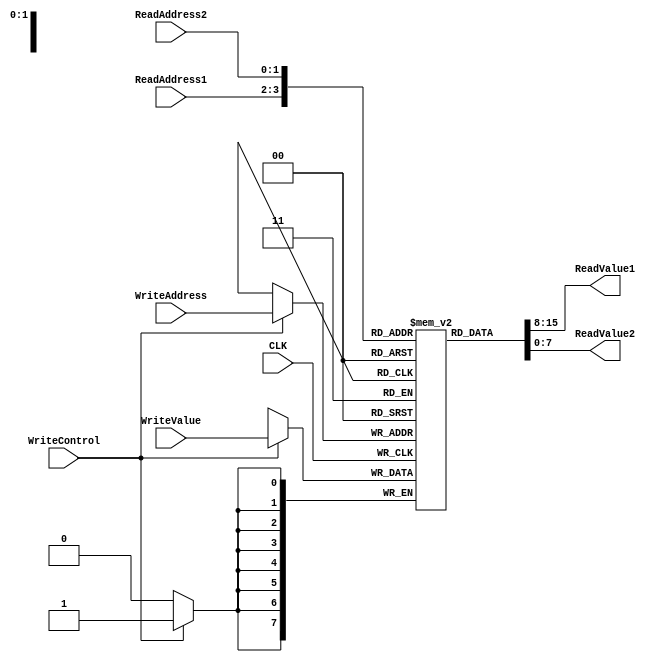
`timescale 1ns / 1ps

module Register_Unit(
	input CLK,
	input [1:0] ReadAddress1,
	output [7:0] ReadValue1,
	input [1:0] ReadAddress2,
	output [7:0] ReadValue2,
	input WriteControl,
	input [1:0] WriteAddress,
	input [7:0] WriteValue
    );
	
	reg [7:0] Register[0:3]; // Register Dimension: Register[4] = 8'b;
	
	initial begin
		Register[0] <= 8'b0;
		Register[1] <= 8'b0;
		Register[2] <= 8'b0;
		Register[3] <= 8'b0;
	end
	
	// Read
	assign ReadValue1 = Register[ReadAddress1];	
	assign ReadValue2 = Register[ReadAddress2];
	// Write
	always@(posedge CLK) begin
		begin 
			if(WriteControl) begin
				Register[WriteAddress] <= WriteValue;
			end
		end
	end
	
	
endmodule